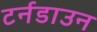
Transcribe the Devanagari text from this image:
टर्नडाउन